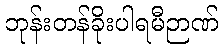
ဘုန်းတန်ခိုးပါရမီဉာဏ်